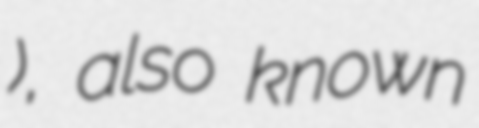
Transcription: आयो), also known